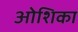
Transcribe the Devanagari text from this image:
ओशिका